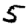
Digit: 5